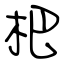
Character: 杷